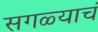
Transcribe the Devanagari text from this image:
सगळ्याचं